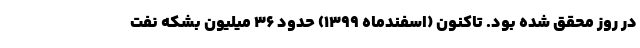
در روز محقق شده بود. تاکنون (اسفندماه 1399) حدود 36 میلیون بشکه نفت